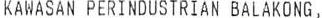
KAWASAN PERINDUSTRIAN BALAKONG,